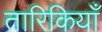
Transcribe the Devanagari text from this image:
तारिकियाँ